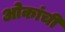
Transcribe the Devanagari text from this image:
ओकांची